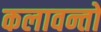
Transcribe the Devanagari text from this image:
कलावन्तों